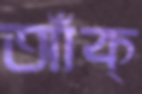
আঁক্‌